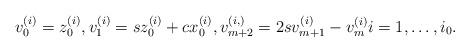
LaTeX: \begin{align*} v_0^{(i)} = z_0^{(i)}, v_1^{(i)} = sz_0^{(i)}+cx_0^{(i)}, v_{m+2}^{(i,)} = 2sv_{m+1}^{(i)}-v_m^{(i)} i=1, \dotsc, i_0.\end{align*}